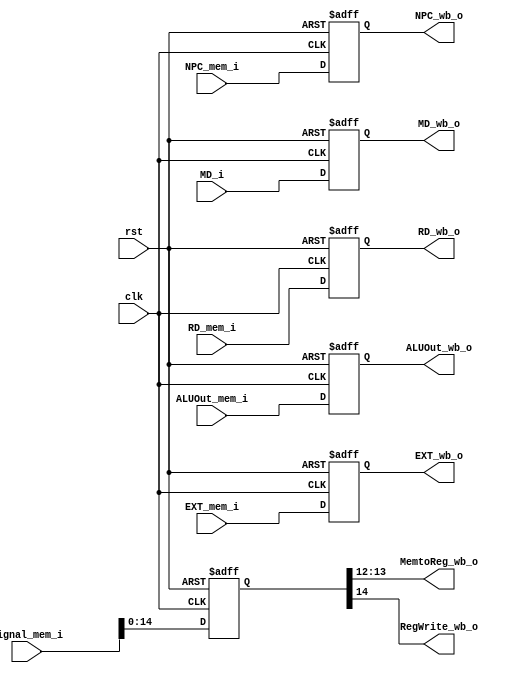
//MEM/WB Register (state element)
module MEM_WB(
  input        clk,
  input        rst,
  input  [31:0]Signal_mem_i,
  input  [31:0]NPC_mem_i,
  input  [31:0]MD_i,
  input  [31:0]ALUOut_mem_i,
  input  [31:0]EXT_mem_i,
  input  [31:0]RD_mem_i,
  
  output [1:0] MemtoReg_wb_o,
  output       RegWrite_wb_o,
  output [31:0]NPC_wb_o,
  output [31:0]MD_wb_o,
  output [31:0]ALUOut_wb_o,
  output [31:0]EXT_wb_o,
  output [31:0]RD_wb_o
  );
  integer i;
  reg [31:0] MEM_WB_reg[5:0];
  /*
  MEM_WB_reg[0]: Signal_wb
  MEM_WB_reg[1]: NPC_wb
  MEM_WB_reg[2]: MDR_wb
  MEM_WB_reg[3]: ALUOut_wb
  MEM_WB_reg[4]: E_wb
  MEM_WB_reg[5]: RD_wb
  */

  always@(posedge clk or posedge rst)
  begin
    if (rst)
      begin
        for (i = 0; i < 6; i = i+1)
          MEM_WB_reg[i] = 32'h0;
      end
    else
      begin
        MEM_WB_reg[0] = Signal_mem_i;
        MEM_WB_reg[1] = NPC_mem_i;
        MEM_WB_reg[2] = MD_i;
        MEM_WB_reg[3] = ALUOut_mem_i;
        MEM_WB_reg[4] = EXT_mem_i;
        MEM_WB_reg[5] = RD_mem_i;
        $display("MEM/WB: Signal_wb = %8X, NPC_wb = %8X, MDR_wb = %8X, AR_mem = %8X, E_wb = %8X, RD_wb = %8X", 
        MEM_WB_reg[0], MEM_WB_reg[1], MEM_WB_reg[2], MEM_WB_reg[3], MEM_WB_reg[4], MEM_WB_reg[5]);
      end
  end
  assign MemtoReg_wb_o = MEM_WB_reg[0][13:12];
  assign RegWrite_wb_o = MEM_WB_reg[0][14];
  assign NPC_wb_o = MEM_WB_reg[1];
  assign MD_wb_o = MEM_WB_reg[2];
  assign ALUOut_wb_o = MEM_WB_reg[3];
  assign EXT_wb_o = MEM_WB_reg[4];
  assign RD_wb_o = MEM_WB_reg[5];
endmodule